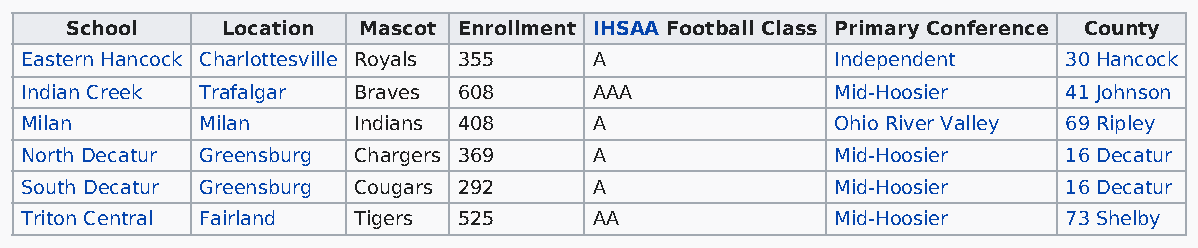
School     Location Mascot Enrollment IHSAA Football Class Primary Conference County
 Eastern Hancock Charlottesville Royals 355 A          Independent     30 Hancock
 Indian Creek Trafalgar Braves 608     AAA             Mid-Hoosier     41 Johnson
 Milan       Milan     Indians 408     A               Ohio River Valley 69 Ripley
 North Decatur Greensburg Chargers 369 A               Mid-Hoosier     16 Decatur
 South Decatur Greensburg Cougars 292  A               Mid-Hoosier     16 Decatur
 Triton Central Fairland Tigers 525    AA              Mid-Hoosier     73 Shelby